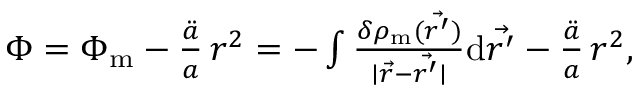
\begin{array} { r } { \Phi = \Phi _ { \mathrm { m } } - \frac { \ddot { a } } { a } \, r ^ { 2 } = - \int \frac { \delta \rho _ { \mathrm { m } } ( \vec { r ^ { \prime } } ) } { \mid \vec { r } - \vec { r ^ { \prime } } \mid } \mathrm { d } \vec { r ^ { \prime } } - \frac { \ddot { a } } { a } \, r ^ { 2 } , } \end{array}